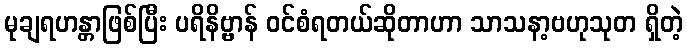
မုချရဟန္တာဖြစ်ပြီး ပရိနိဗ္ဗာန် ဝင်စံရတယ်ဆိုတာဟာ သာသနာ့ဗဟုသုတ ရှိတဲ့